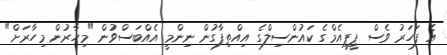
އެ ފަހަރު ވެސް ޕީޕީއެމްގެ ކައުންސިލްގެ އިއްތިފާގުން ނިންމީ އެއްބަސްވުން "މިހާރުން މިހާރަށް"